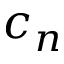
c _ { n }